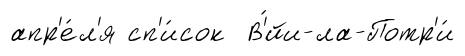
апр'е́л'я сп'и́сок В'́йи-ла-Потр'и́